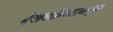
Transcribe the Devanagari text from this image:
केशवाहिन्यामधून